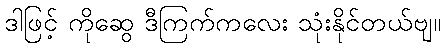
ဒါဖြင့် ကိုဆွေ ဒီကြက်ကလေး သုံးနိုင်တယ်ဗျ။